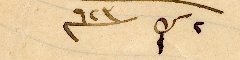
٢ ك٢ ٩٢٣